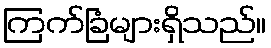
ကြက်ခြံများရှိသည်။